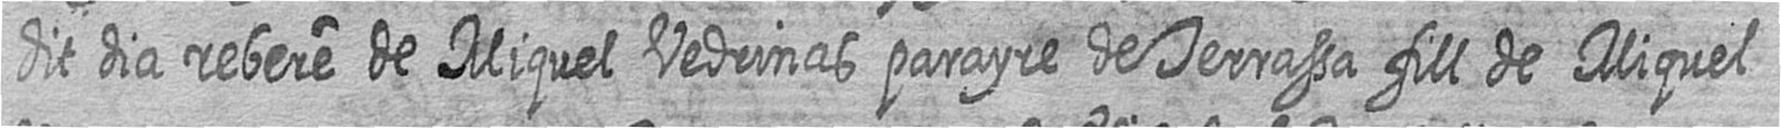
dit dia rebere de Miquel Vedrinas parayre de Terrassa fill de Miquel